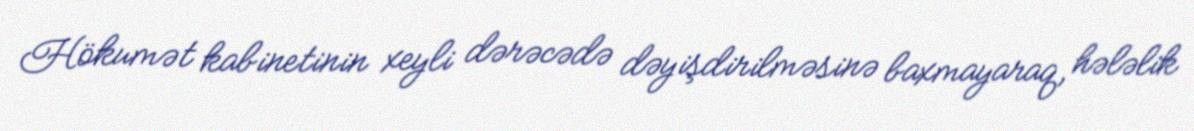
Hökumət kabinetinin xeyli dərəcədə dəyişdirilməsinə baxmayaraq, hələlik